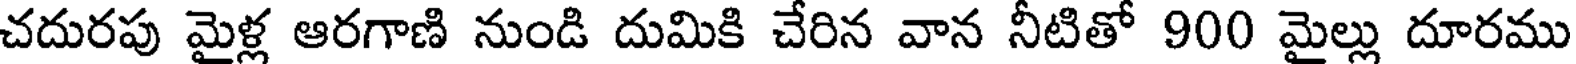
చదురపు మైళ్ల ఆరగాణి నుండి దుమికి చేరిన వాన నీటితో 900 మైల్లు దూరము